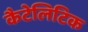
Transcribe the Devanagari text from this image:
कैटेलिटिक